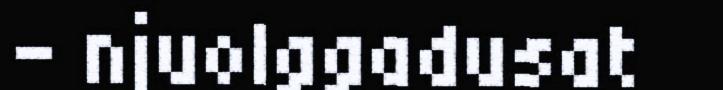
- njuolggadusat